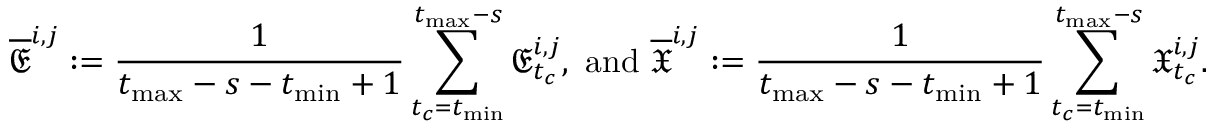
\overline { { \mathfrak { E } } } ^ { i , j } : = \frac { 1 } { t _ { \operatorname* { m a x } } - s - t _ { \operatorname* { m i n } } + 1 } \sum _ { t _ { c } = t _ { \operatorname* { m i n } } } ^ { t _ { \operatorname* { m a x } } - s } \mathfrak { E } _ { t _ { c } } ^ { i , j } , \mathrm { ~ a n d ~ } \overline { { \mathfrak { X } } } ^ { i , j } : = \frac { 1 } { t _ { \operatorname* { m a x } } - s - t _ { \operatorname* { m i n } } + 1 } \sum _ { t _ { c } = t _ { \operatorname* { m i n } } } ^ { t _ { \operatorname* { m a x } } - s } \mathfrak { X } _ { t _ { c } } ^ { i , j } .